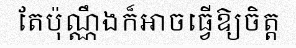
តែប៉ុណ្ណឹងក៏អាចធ្វើឱ្យចិត្ត